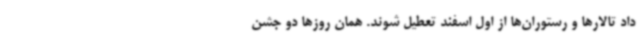
داد تالارها و رستوران‌ها از اول اسفند تعطیل شوند. همان روزها دو جشن